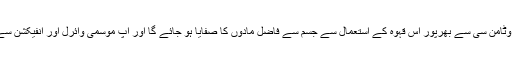
ملائکہ کے مطابق وٹامن سی سے بھرپور اس قہوہ کے استعمال سے جسم سے فاضل مادوں کا صفایا ہو جائے گا اور آپ موسمی وائرل اور انفیکشن سے محفوظ رہیں گے۔